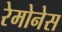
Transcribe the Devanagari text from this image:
रेमोनेस